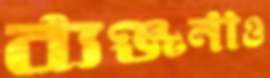
ব্যঞ্জনাও